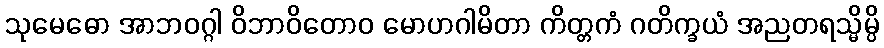
သုမေဓော အာဘဝဂ္ဂါ ဝိဘာဝိတောဝ မောဟဂါမိတာ ကိတ္တကံ ဂတိက္ခယံ အညတရသ္မိမ္ပိ